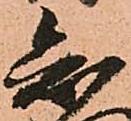
知